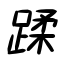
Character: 蹂